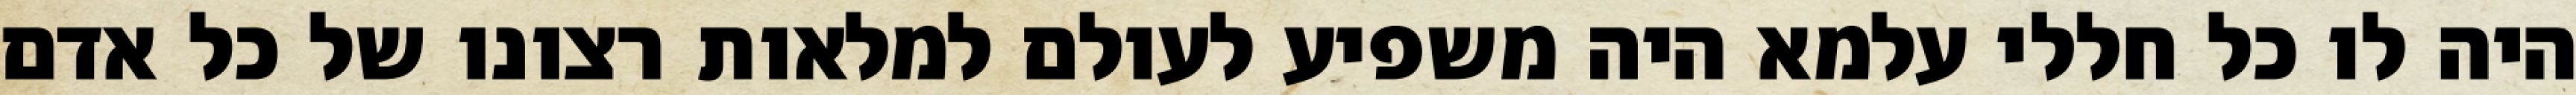
היה לו כל חללי עלמא היה משפיע לעולם למלאות רצונו של כל אדם